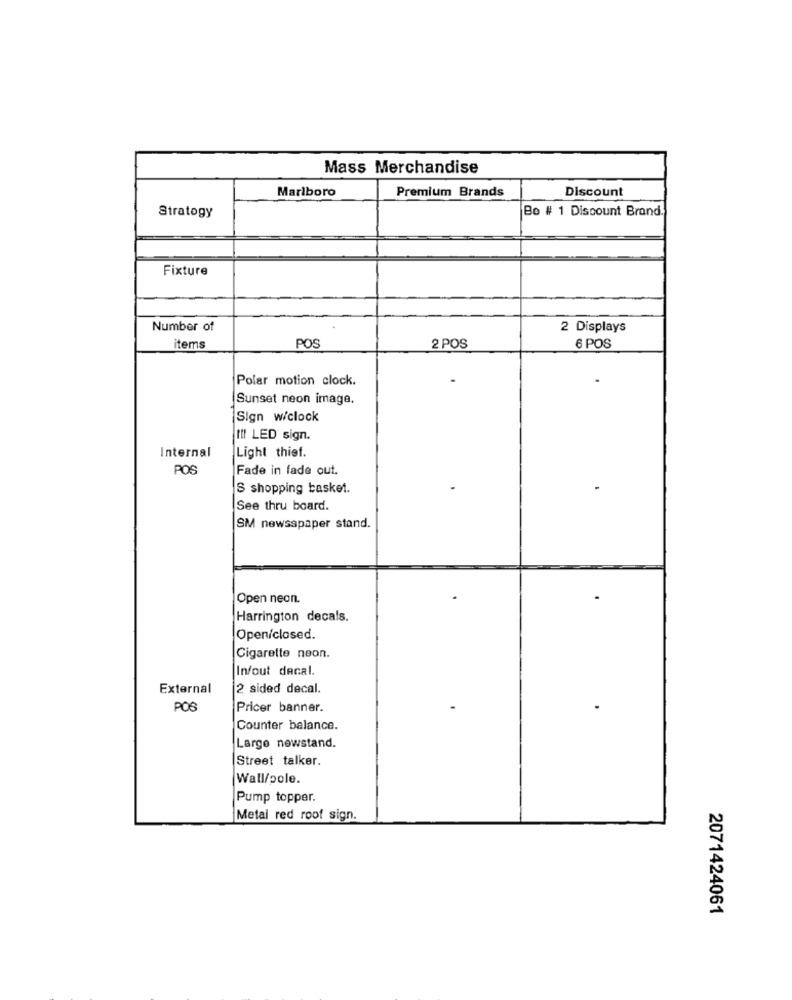
Mass Merchandise
Marlboro
Premium Brands
Discount
Stratogy
Bo # 1 Discount Brand.
Fixture
Number of
2 Displays
items
POS
2 POS
6 POS
Polar motion clock.
Sunset neon image.
Sign w/clock
III LED sign.
Internal
Light thief.
POS
Fade in fade out.
S shopping basket.
See thru board.
SM newsspaper stand.
Open neon.
Harrington decals.
Open/closed.
Cigarette neon.
In/out decal.
External
2 sided decal.
POS
Pricer banner.
Counter balance.
Largo newstand.
Street talker.
Wall/pole.
Pump topper.
Metal red roof sign.
2071424061